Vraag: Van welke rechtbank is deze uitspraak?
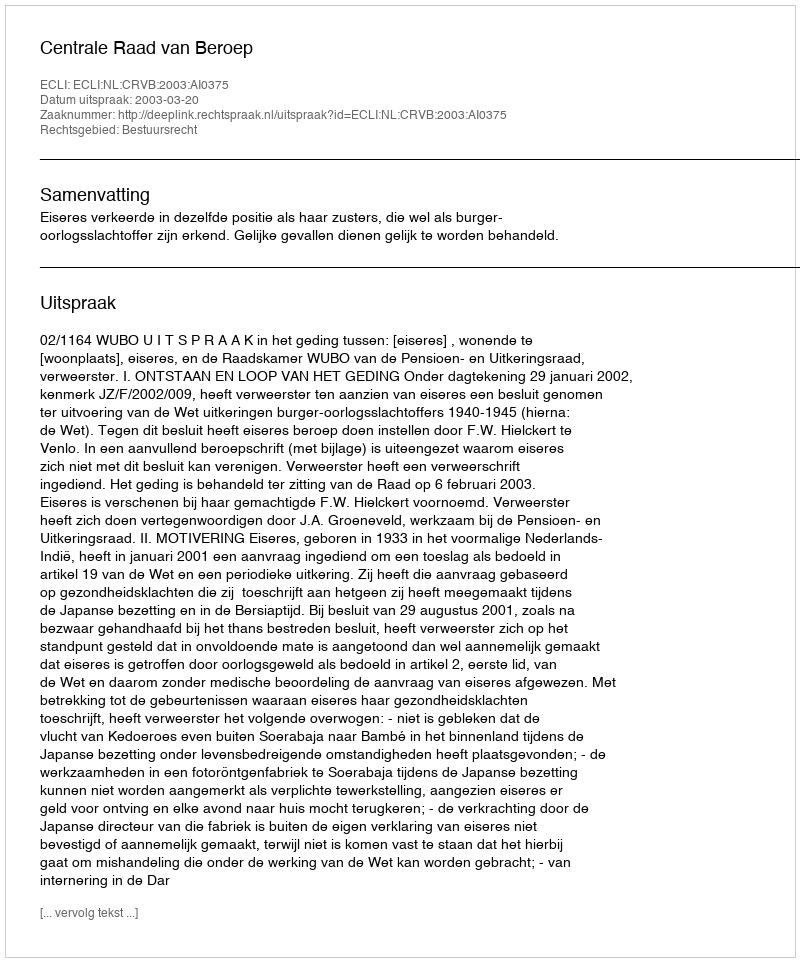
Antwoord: Centrale Raad van Beroep